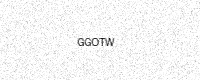
Text: GGOTW